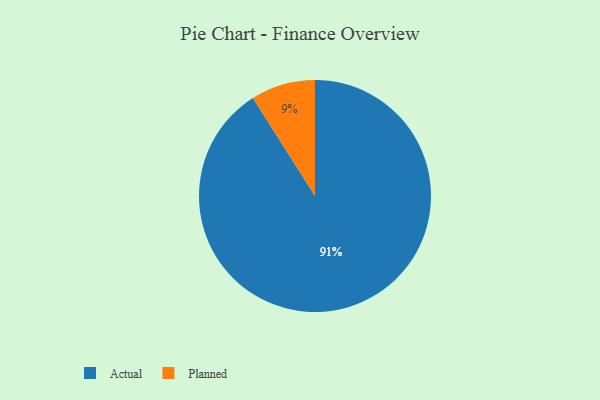
{"axis": {"x": "Category", "y": "Percentage"}, "legend": ["Actual", "Planned"], "data": [{"x": "Actual", "y": 91, "type": "Actual"}, {"x": "Planned", "y": 9, "type": "Planned"}]}